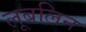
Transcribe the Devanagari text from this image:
लूबलिन